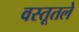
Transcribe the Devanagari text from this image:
वस्तूतले